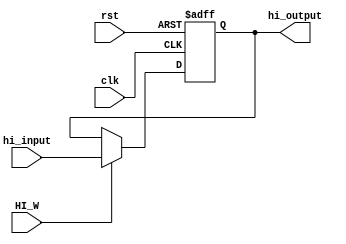
module hi (
    input clk,
    input rst,
    input HI_W,
    input [31:0] hi_input,
    output [31:0] hi_output
);

reg [31:0] hi_reg;
assign hi_output = hi_reg;
always @(posedge clk or posedge rst) begin
    if(rst)
        hi_reg <= 32'b0;
    else
    begin
        if(HI_W)
            hi_reg <= hi_input;
    end
end
    
endmodule